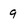
Character: 9